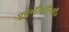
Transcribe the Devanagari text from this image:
एच॰डी॰टी॰वी॰